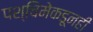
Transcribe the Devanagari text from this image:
पश्चिमेकडूनही